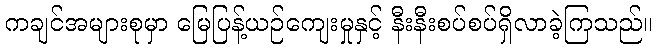
ကချင်အများစုမှာ မြေပြန့်ယဉ်ကျေးမှုနှင့် နီးနီးစပ်စပ်ရှိလာခဲ့ကြသည်။